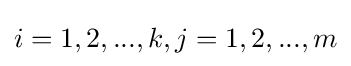
i=1,2,...,k,j=1,2,...,m